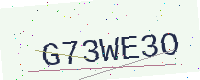
Text: G73WE3O